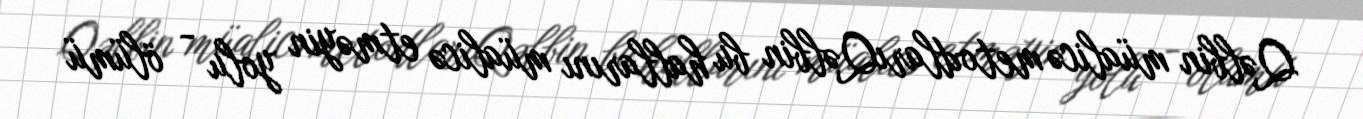
Qəlbin müalicə metodlarıQəlbin bu hallarını müalicə etməyin yolu - ölümü